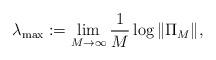
LaTeX: \begin{align*} \lambda_{\mathrm{max}}:=\lim_{M\rightarrow \infty} \frac{1}{M} \log\|\Pi_{M}\|,\end{align*}